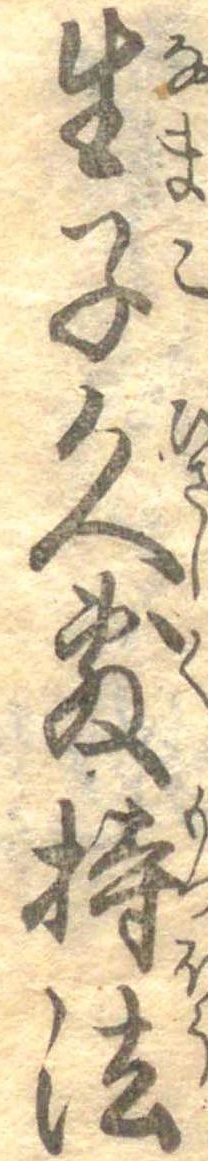
生子久敷持法